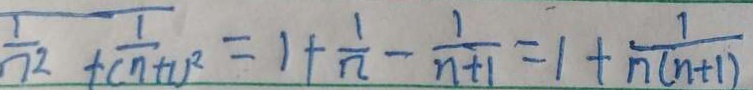
\frac { 1 } { n ^ { 2 } } + \frac { 1 } { ( n + 1 ) ^ { 2 } } = 1 + \frac { 1 } { n } - \frac { 1 } { n + 1 } = 1 + \frac { 1 } { n ( n + 1 ) }